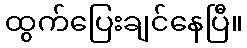
ထွက်ပြေးချင်နေပြီ။